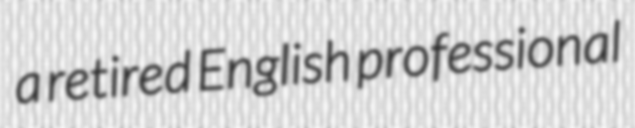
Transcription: a retired English professional